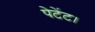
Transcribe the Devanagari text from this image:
पेटेंट।